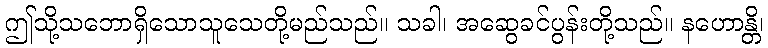
ဤသို့သဘောရှိသောသူသေတို့မည်သည်။ သခါ၊ အဆွေခင်ပွန်းတို့သည်။ နဟောန္တိ၊